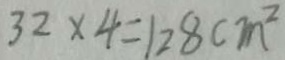
3 2 \times 4 = 1 2 8 c m ^ { 2 }